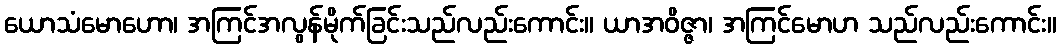
ယောသံမောဟော၊ အကြင်အလွန်မိုက်ခြင်းသည်လည်းကောင်း။ ယာအဝိဇ္ဇာ၊ အကြင်မောဟ သည်လည်းကောင်း။